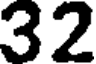
32